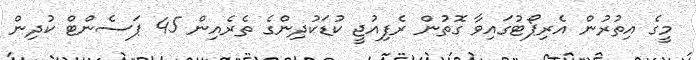
މީގެ އިތުރުން އެރިޕޯޓުގައިވާ ގޮތުން ރެފިއުޖީ ކުޑަކުދިންގެ ތެރެއިން 45 ޕަސެންޓް ކުދިން